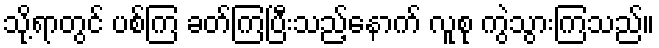
သို့ရာတွင် ပစ်ကြ ခတ်ကြပြီးသည့်နောက် လူစု ကွဲသွားကြသည်။